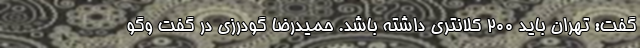
گفت: تهران باید ۲۰۰ کلانتری داشته باشد. حمیدرضا گودرزی در گفت وگو